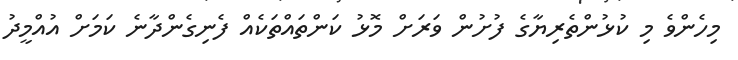
މިހެންވެ މި ކުޅުންތެރިޔާގެ ފުށުން ވަރަށް މޮޅު ކަންތައްތަކެއް ފެނިގެންދާނެ ކަމަށް އުއްމީދު